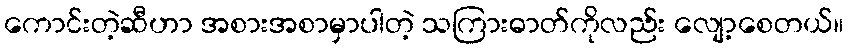
ကောင်းတဲ့ဆီဟာ အစားအစာမှာပါတဲ့ သကြားဓာတ်ကိုလည်း လျော့စေတယ်။